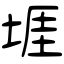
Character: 堐